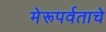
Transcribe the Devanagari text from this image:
मेरूपर्वताचे